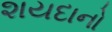
શયદાનો